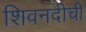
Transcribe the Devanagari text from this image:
शिवनदीची